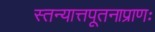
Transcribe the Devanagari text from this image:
स्तन्यात्तपूतनाप्राणः